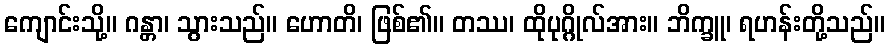
ကျောင်းသို့။ ဂန္တာ၊ သွားသည်။ ဟောတိ၊ ဖြစ်၏။ တဿ၊ ထိုပုဂ္ဂိုလ်အား။ ဘိက္ခူ၊ ရဟန်းတို့သည်။